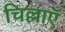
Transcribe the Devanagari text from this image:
चिल्लाएँ